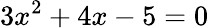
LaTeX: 3x^{2}+4x-5=0